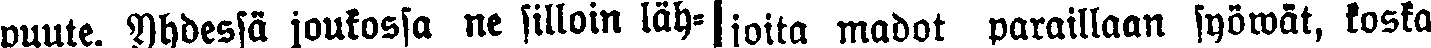
puute. Yhdessä joukossa ne silloin läh-  joita madot paraillaan syöwät, koska